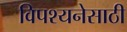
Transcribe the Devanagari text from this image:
विपश्यनेसाठी